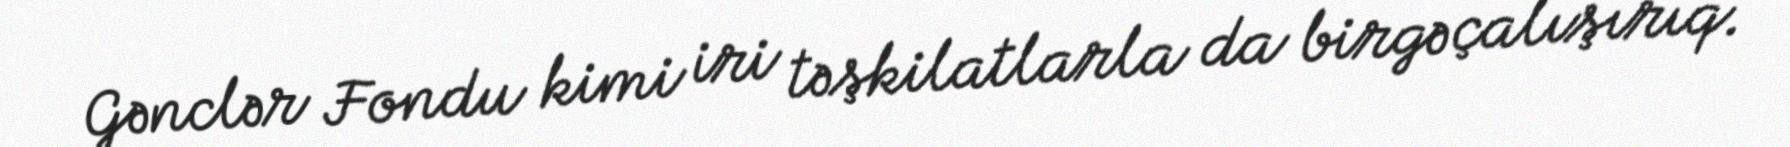
Gənclər Fondu kimi iri təşkilatlarla da birgə çalışırıq.